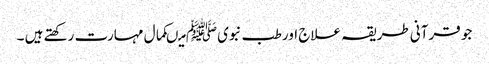
جو قرآنی طریقہ علاج اور طب نبویﷺ میںکمال مہارت رکھتے ہیں ۔